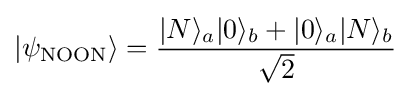
|\psi _{\text{NOON}}\rangle ={\frac {|N\rangle _{a}|0\rangle _{b}+|{0}\rangle _{a}|{N}\rangle _{b}}{\sqrt {2}}}